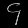
Digit: ၄